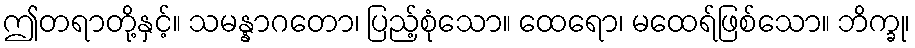
ဤတရာတို့နှင့်။ သမန္နာဂတော၊ ပြည့်စုံသော။ ထေရော၊ မထေရ်ဖြစ်သော။ ဘိက္ခု၊